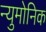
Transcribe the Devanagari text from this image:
न्युमोनिक